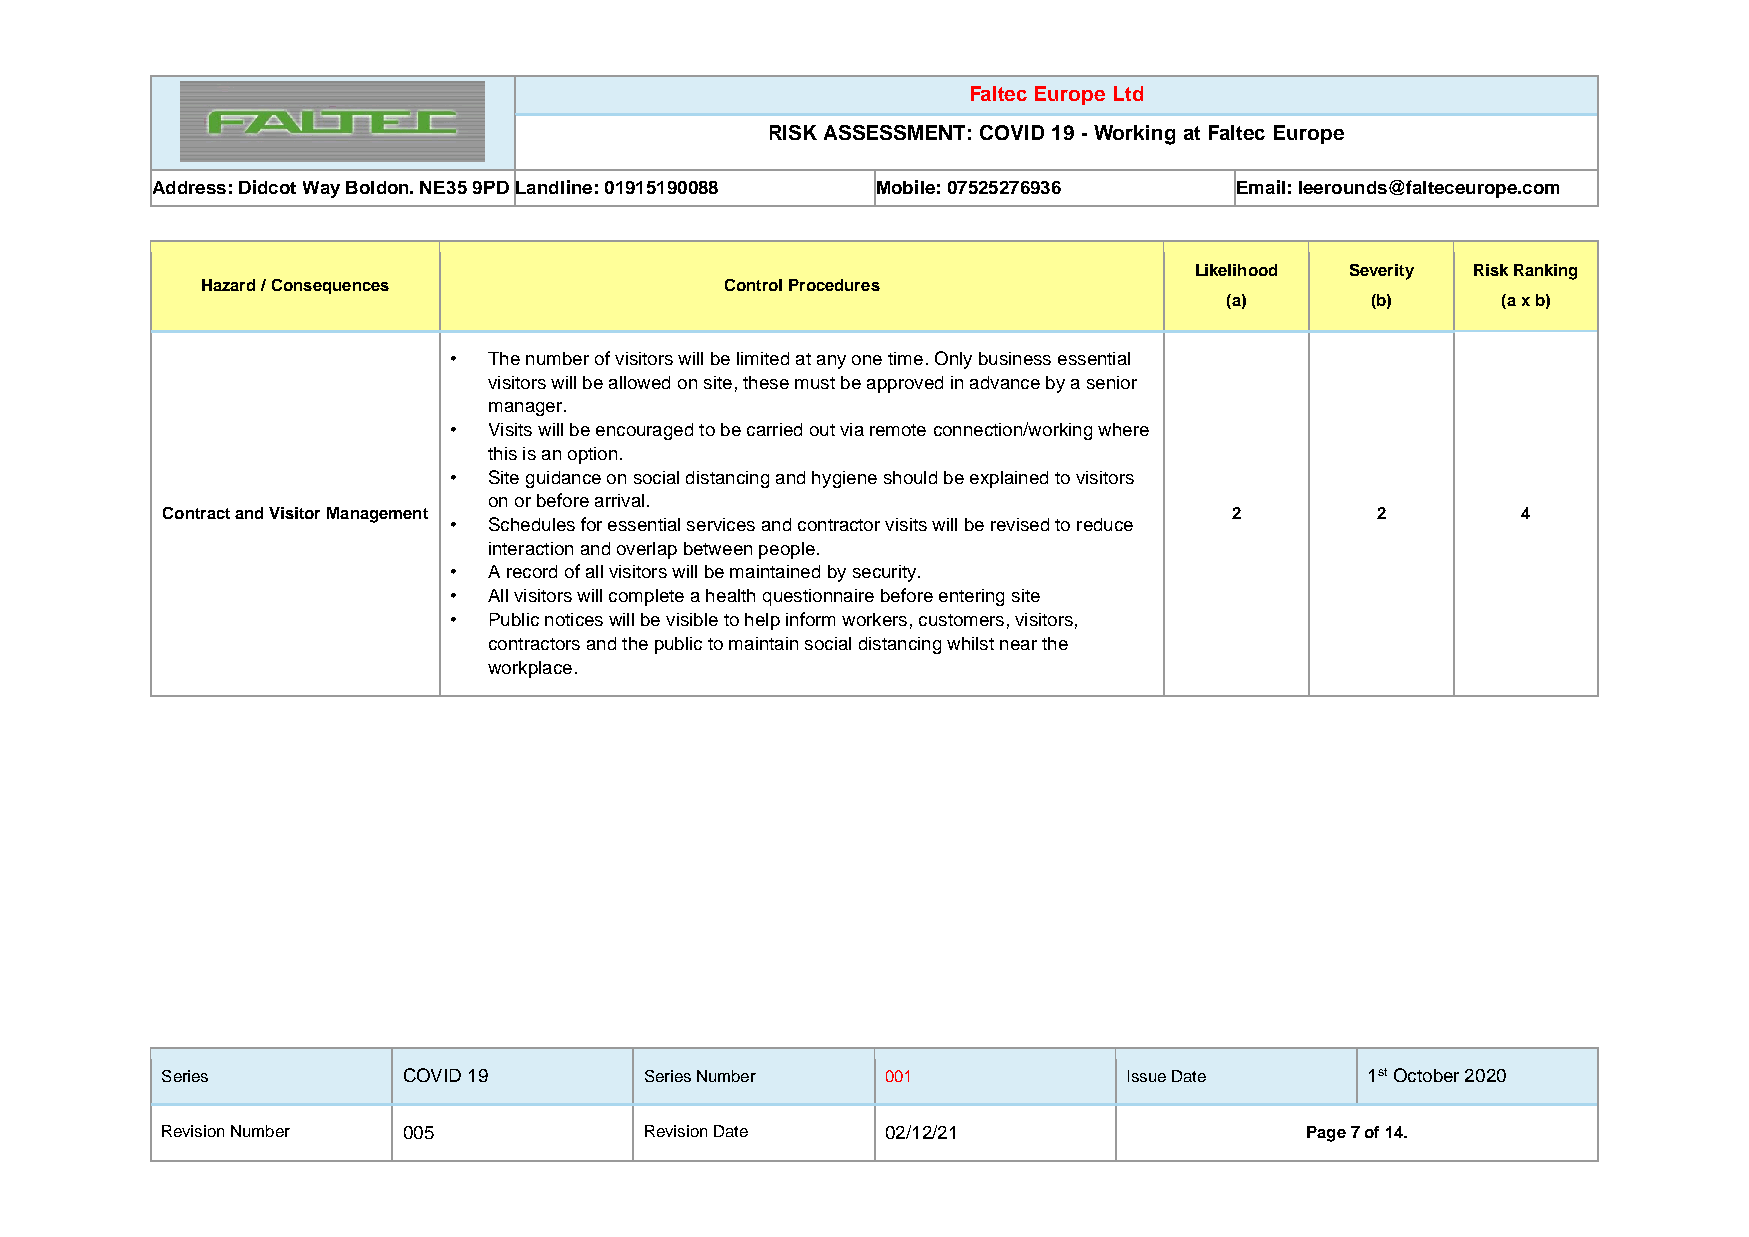
Faltec Europe Ltd
 RISK ASSESSMENT: COVID 19 - Working at Faltec Europe
 Address: Didcot Way Boldon. NE35 9PD Landline: 01915190088 Mobile: 07525276936 Email: leerounds@falteceurope.com
 Likelihood Severity Risk Ranking
 Hazard / Consequences              Control Procedures
 (a)       (b)     (a x b)
 • The number of visitors will be limited at any one time. Only business essential
 visitors will be allowed on site, these must be approved in advance by a senior
 manager.
 • Visits will be encouraged to be carried out via remote connection/working where
 this is an option.
 • Site guidance on social distancing and hygiene should be explained to visitors
 on or before arrival.
 Contract and Visitor Management                                        2        2         4
 • Schedules for essential services and contractor visits will be revised to reduce
 interaction and overlap between people.
 • A record of all visitors will be maintained by security.
 • All visitors will complete a health questionnaire before entering site
 • Public notices will be visible to help inform workers, customers, visitors,
 contractors and the public to maintain social distancing whilst near the
 workplace.
 Series          COVID 19        Series Number   001             Issue Date      1st October 2020
 Revision Number 005             Revision Date   02/12/21                   Page 7 of 14.